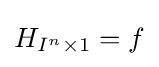
H_{I^{n}\times 1}=f